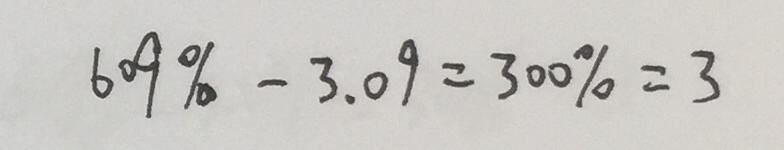
6 0 9 \% - 3 . 0 9 = 3 0 0 \% = 3